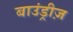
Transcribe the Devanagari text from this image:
बाउंड्रीज़